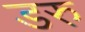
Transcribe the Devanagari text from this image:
डरु